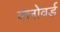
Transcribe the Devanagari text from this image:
क्लोवर्ड